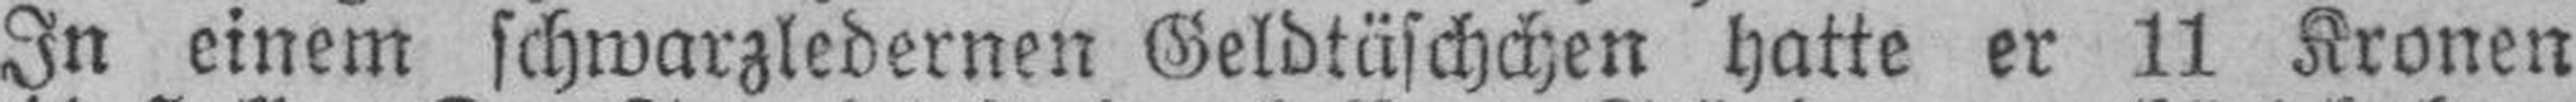
In einem schwarzledernen Geldtäschchen hatte er 11 Kronen